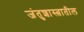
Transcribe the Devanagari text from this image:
जंतुशास्त्रातील